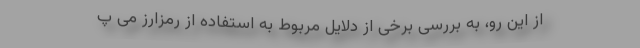
از این رو، به بررسی برخی از دلایل مربوط به استفاده از رمزارز می پ